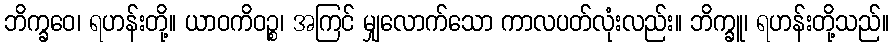
ဘိက္ခဝေ၊ ရဟန်းတို့။ ယာဝကိဝဉ္စ၊ အကြင် မျှလောက်သော ကာလပတ်လုံးလည်း။ ဘိက္ခူ၊ ရဟန်းတို့သည်။